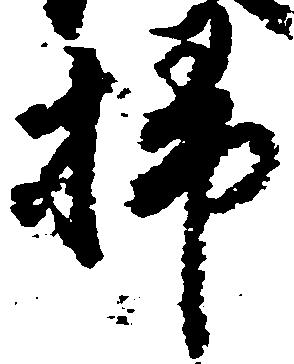
掃